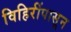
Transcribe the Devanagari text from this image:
विहिरींपासून